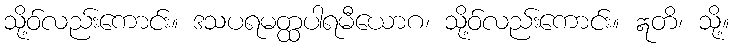
သို့ဝ်လည်းကောင်း။ ဒသပရမတ္ထပါရမီယောဂ၊ သို့ဝ်လည်းကောင်း။ ဣတိ၊ သို့။